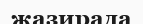
жазирада